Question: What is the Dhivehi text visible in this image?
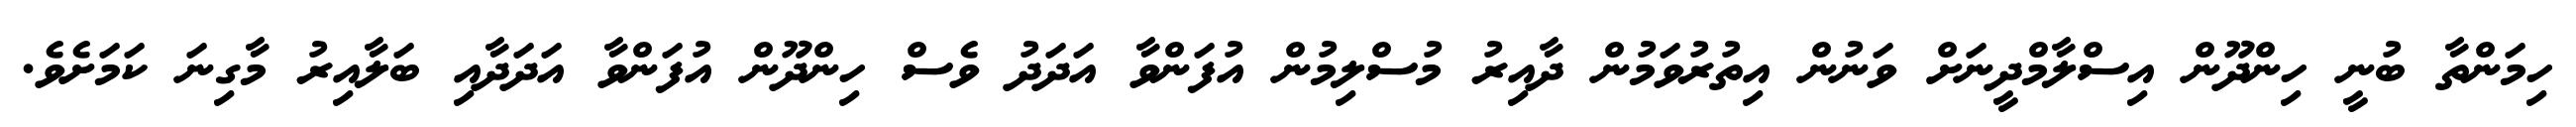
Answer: ހިމަންތާ ބުނީ ހިންދޫން އިސްލާމްދީނަށް ވަނުން އިތުރުވަމުން ދާއިރު މުސްލިމުން އުފަންވާ އަދަދު ވެސް ހިންދޫން އުފަންވާ އަދަދާއި ބަލާއިރު މާގިނަ ކަމަށެވެ.